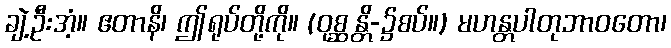
ချဲ့ဦးအံ့။ ဧတာနိ၊ ဤရုပ်တို့ကို။ (ဝုစ္ဆန္တိ-၌စပ်။) မဟန္တပါတုဘာဝတော၊